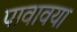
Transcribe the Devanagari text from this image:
पावावया